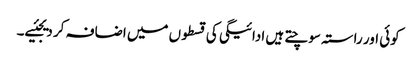
کوئی اور راستہ سوچتے ہیں ادائیگی کی قسطوں میں اضافہ کر دیجئیے۔